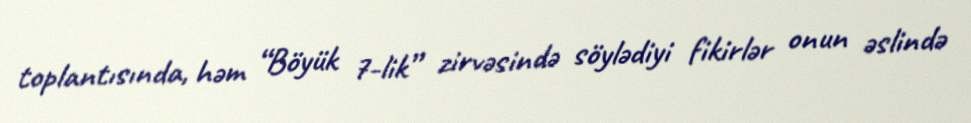
toplantısında, həm “Böyük 7-lik” zirvəsində söylədiyi fikirlər onun əslində